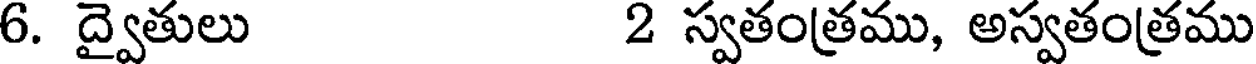
6. ద్వైతులు 2 స్వతంత్రము, అస్వతంత్రము